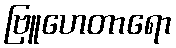
ဗြူဟေတာရော